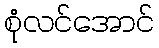
စုံလင်အောင်